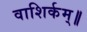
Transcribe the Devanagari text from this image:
वाशिर्कम्॥